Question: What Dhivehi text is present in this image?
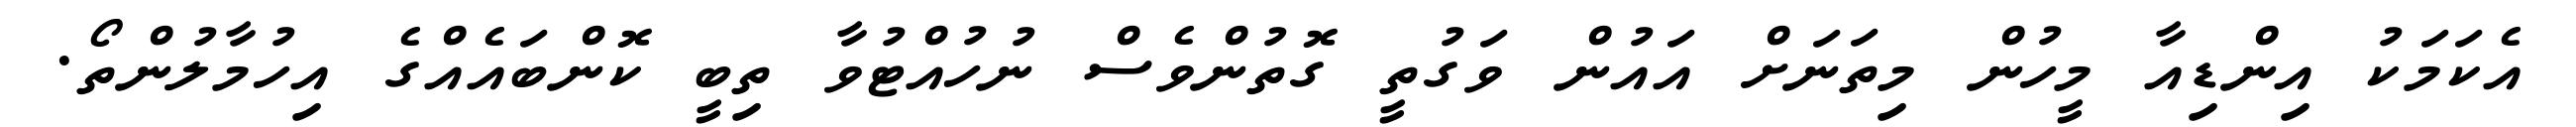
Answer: އެކަމަކު އިންޑިއާ މީހުން މިތަނަށް އައުން ވަގުތީ ގޮތުންވެސް ނުހުއްޓުވާ ތިބީ ކޮންބައެއްގެ އިހުމާލުންތޯ.